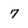
Character: 7